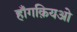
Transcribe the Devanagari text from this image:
हॉंगक़ियओ